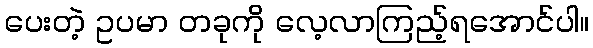
ပေးတဲ့ ဥပမာ တခုကို လေ့လာကြည့်ရအောင်ပါ။